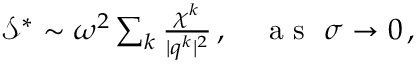
\begin{array} { r } { \mathcal { S } ^ { * } \sim \omega ^ { 2 } \sum _ { k } \frac { \chi ^ { k } } { \vert \boldsymbol { q } ^ { k } \vert ^ { 2 } } \, , ~ ~ ~ \mathrm { ~ a ~ s ~ } ~ \sigma \rightarrow 0 \, , } \end{array}